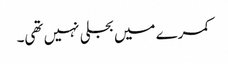
کمرے میں بجلی نہیں تھی۔